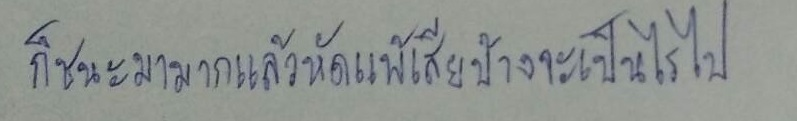
ก็ชนะมามากแล้วหัดแพ้เสียบ้างจะเป็นไรไป"